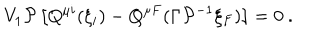
LaTeX: V _ { 1 } { \cal P } \left[ Q ^ { \mu i } ( \xi _ { i } ) - Q ^ { \mu F } ( \Gamma { \cal P } ^ { - 1 } \xi _ { F } ) \right] = 0 \ .